Report on horse surra - Volume II, Part I
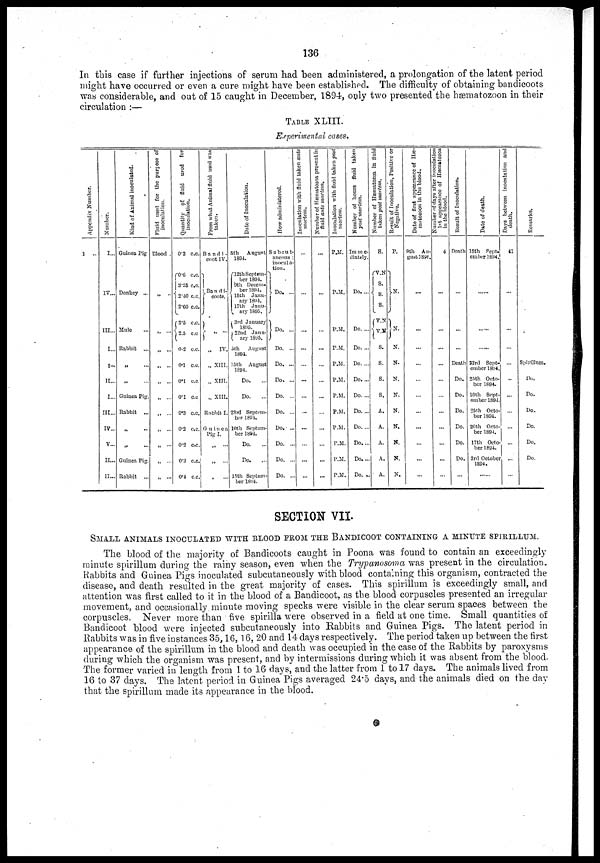
136
In this case if further injections of serum had been administered, a prolongation of the latent period
might have occurred or even a cure might have been established. The difficulty of obtaining bandicoots
was considerable, and out of 15 caught in December, 1894, only two presented the hæmatozoon in their
circulation :—
TABLE XLIII.
Experimental cases.
Appendix Number.
1
..
Number.
I...
IV...
III...
I...
I...
II...
I...
III...
IV...
V...
II...
II...
Kind of Animal inoculated.
Guinea Pig
Donkey ...
Mule
Rabbit ...
„
...
„
Guinea Pig.
Rabbit ...
„
„
Guinea Pig.
Rabbit ...
Fluid used for the purpose of
inoculation.
Blood .
„ ..
Quantify of fluid used for
inoculation.
0.2 c.c.
0.6 c.c.
3.25 c.c.
{ 2.40 c.c.
2.60 c.c.
2.5 c.c.
{ 2.5 c.c
0.2 c.c.
0.1 c.c.
0.1 c.c
0.1 c.c
0.3 c.c.
0.2 c.c.
0.2 c.c.
0.2 c.c.
0.4 c.c.
From what Animal fluid used was
taken.
Bandi-
coot IV.
} Bandi-{
coots.
„
IV.
„ XIII.
„ XIII.
„ XIII.
Rabbit I.
Guinea
Pig I.
„ ...
„
...
„...
Date of Inoculation.
5th
August
1804.
12th Septem-
ber 1894.
9th Decem-
ber 1894.
15th Janu-
ary 1894.
17th
Janu-
ary 1895.
3rd January
1805.
} 22nd
Janu-
ary 1895.
5th
August
1894.
15th August
1894.
Do.
Do.
23rd Septem-
ber 1594.
10th Septem-
ber 1894.
Do.
Do.
..
15th Septem-
ber 1894.
How administered.
Subcut-
ancous :
inocula-
tion.
} Do. ...
}Do. ...
Do. ...
Do. ...
Do. ...
Do. ...
Do. ...
Do. ...
Do. ...
Do. ...
Do. ..
Inoculation with fluid taken ante
mortem.
...
...
...
...
...
...
...
...
...
...
...
...
Number of Hæmatozoa
present
in
fluid ante mortem.
...
..
...
...
...
...
...
...
...
...
...
...
Inoculation with fluid taken post
mortem.
P.M.
P.M.
P.M.
P.M.
P.M.
P.M.
P.M.
P.M.
P.M.
P.M.
P.M.
P.M.
Number of hours fluid taken
post mortem.
Imme-
diately.
Do. ...
Do. ...
Do. ...
Do. ...
Do. ...
Do. ...
Do. ...
Do. ...
Do....
Do. ...
Do. ...
Number of Hæmatozoa
in fluid
taken
post mortem.
S.
V.N
{ S.
S.
S.
{V.N
V.N
S.
S.
S.
S.
A.
A.
A.
A.
A.
Result of Inoculation, Positive or
Negative.
P.
}N.
}N.
N.
N.
N.
N.
N.
N.
N.
N.
N.
Date of first appearance of Hæ-
matozoon
in the blood.
9th Au-
gust 1894.
...
...
...
...
...
...
...
...
...
...
Number of days after inoculation
lst appearance of Hæmatozoa
in the blood.
4
...
...
...
...
...
...
...
...
..
...
...
Result of Inoculation.
Death
...
...
...
Death
Do.
Do.
Do.
Do.
Do.
Do.
Date of death.
15th Sept-
ember1894.
...
...
...
23rd Sept-
ember 1894,
25th Octo-
ber 1894.
10th Sept-
ember 1894.
25th Octo-
ber 1894.
20th Octo-
ber 1894.
17th Octo-
ber 1894.
3rd October
1894.
Days between inoculation and
death.
41
...
...
...
...
...
...
...
...
...
...
Remarks.
Spirillum.
Do.
Do.
Do.
Do.
Do.
Do.
SECTION VII.
SMALL ANIMALS INOCULATOD FROM THE BANDICOOT CONTAINING A MINUTE SPIRILLUM.
The blood of the majority of Bandicoots caught in Poona was found to contain an exceedingly
minute spirillum during the rainy season, even when the Trypanosoma was present in the circulation.
Rabbits and Guinea Pigs inoculated subcutaneously with blood containing this organism, contracted the
disease, and death resulted in the great majority of cases. This spirillum is exceedingly small, and
attention was first called to it in the blood of a Bandicoot, as the blood corpuscles presented an irregular
movement, and occasionally, minute moving specks were visible in the clear serum spaces between the
corpuscles. Never more than five spirilla were observed in a field at one time. Small quantities of
Bandicoot blood were injected subcutaneously into Rabbits and Guinea Pigs. The latent period in
Rabbits was in five instances 35,16,16, 20 and 14 days respectively. The period taken up between the first
appearance of the spirillum in the blood and death was occupied in the case of the Rabbits by paroxysms
during which the organism was present, and by intermissions during which it was absent from the blood-
The former varied in length from 1 to 16 days, and the latter from 1 to 17 days. The animals lived from
16 to 37 days. The latent period in Guinea Pigs averaged 24.5 days, and the animals died on the day
that the spirillum made its appearance in the blood.